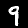
Label: 9